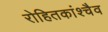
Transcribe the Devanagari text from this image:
रोहितकांश्चैव